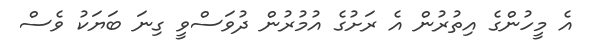
އެ މީހުންގެ އިތުރުން އެ ރަށުގެ އުމުރުން ދުވަސްވީ ގިނަ ބަޔަކު ވެސް